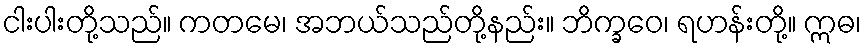
ငါးပါးတို့သည်။ ကတမေ၊ အဘယ်သည်တို့နည်း။ ဘိက္ခဝေ၊ ရဟန်းတို့။ ဣဓ၊